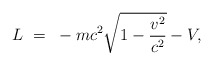
\begin{align*}L~=~ -mc^2\sqrt{ 1 - {v^2\over{c^2}}} - V,\end{align*}